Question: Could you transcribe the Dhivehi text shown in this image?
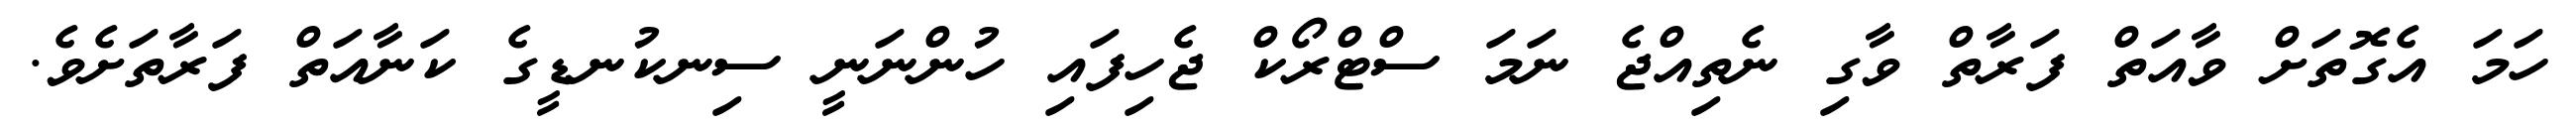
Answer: ހަމަ އެގޮތަށް ވާއަތް ފަރާތް ވާގި ނެތިއްޖެ ނަމަ ސްޓްރޯކް ޖެހިފައި ހުންނަނީ ސިނކުނޑީގެ ކަނާއަތް ފަރާތަށެވެ.